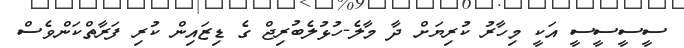
ސީސީސީސީ އަކީ މިހާރު ކުރިޔަށް ދާ މާލެ-ހުޅުލެބުރިޖް ގެ ޑިޒައިން ކުރި ފަރާތްކަންވެސް